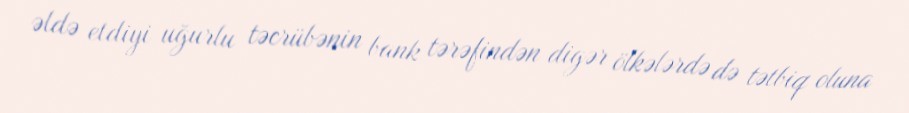
əldə etdiyi uğurlu təcrübənin bank tərəfindən digər ölkələrdə də tətbiq oluna